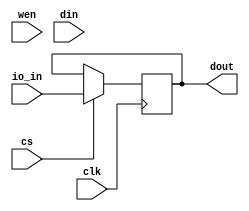
module gpio_in
  #(
    parameter WIDTH= 32
    )
   (
    input wire 		    clk,
    input wire 		    cs,
    input wire 		    wen,
    input wire [WIDTH-1:0]  din,

    output wire [WIDTH-1:0] dout,

    input wire [WIDTH-1:0]  io_in
    );

   reg [WIDTH-1:0] 	    sample;

   initial sample= 0;
   
   always @(posedge clk)
     begin
	if (cs)
	  sample<= io_in;
     end

   assign dout= sample;
   
endmodule // gpio_in